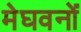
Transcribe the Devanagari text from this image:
मेघवनों